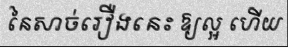
នៃសាច់រឿងនេះ ឱ្យល្អ ហើយ